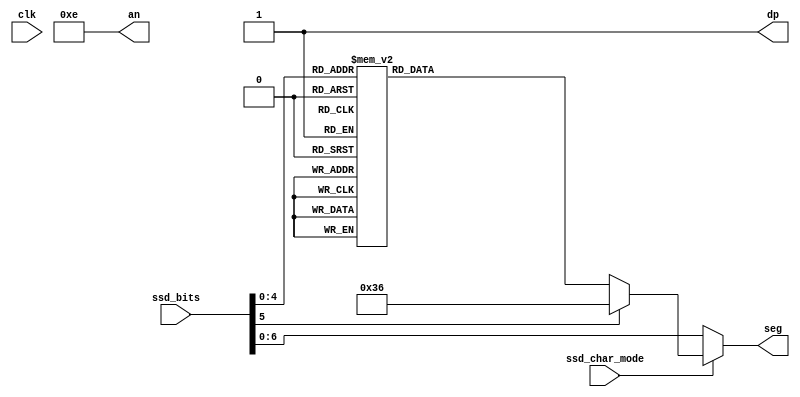
`timescale 1ns / 1ps

module ssd_driver(
    input clk,
    
    output reg [3:0] an,
    output wire [6:0] seg,
    output dp,
    
    input [31:0] ssd_bits,
    input ssd_char_mode
    );

    //NOTE With the seven segment display, 1 indicates off...
    
    assign dp = 1'b1; // Decimal point off
    
    reg [5:0] sel = 4'b0000;
    
    reg [15:0] cnt; //TODO no idea if 65k/50M = 1.31ms is the optimal cycle time (0.33ms per anode)
    wire [1:0] dis;
    //assign dis = cnt[15:14];
    assign dis = 2'b00;
    
    always @(posedge clk) begin
        cnt <= cnt + 1;
    end
    
    reg [6:0] bit_seg;
    reg [6:0] char_seg;
    
    assign seg = ssd_char_mode ? char_seg : bit_seg;
    
    always @(*) begin
        case (dis)
            2'b00: begin
                sel = ssd_bits[5:0];
                an = 4'b1110;
                bit_seg = ssd_bits[6:0];
            end
            2'b01: begin
                sel = ssd_bits[13:8];
                an = 4'b1101;
                bit_seg = ssd_bits[14:8];
            end
            2'b10: begin
                sel = ssd_bits[21:16];
                an = 4'b1011;
                bit_seg = ssd_bits[22:16];
            end
            2'b11: begin
                sel = ssd_bits[29:24];
                an = 4'b0111;
                bit_seg = ssd_bits[30:24];
            end
        endcase
    end
    
    always @(*) begin
        case (sel)
            6'h00: char_seg = 7'b1000000; // 0
            6'h01: char_seg = 7'b1111001; // 1
            6'h02: char_seg = 7'b0100100; // 2
            6'h03: char_seg = 7'b0110000; // 3
            6'h04: char_seg = 7'b0011001; // 4
            6'h05: char_seg = 7'b0010010; // 5
            6'h06: char_seg = 7'b0000010; // 6
            6'h07: char_seg = 7'b1111000; // 7
            6'h08: char_seg = 7'b0000000; // 8
            6'h09: char_seg = 7'b0010000; // 9
            6'h0A: char_seg = 7'b0001000; // A
            6'h0B: char_seg = 7'b0000011; // b
            6'h0C: char_seg = 7'b1000110; // C
            6'h0D: char_seg = 7'b0100001; // d
            6'h0E: char_seg = 7'b0000110; // E
            6'h0F: char_seg = 7'b0001110; // F
            6'h10: char_seg = 7'b1000010; // G
            6'h11: char_seg = 7'b0001011; // h
            6'h12: char_seg = 7'b1101111; // i
            6'h13: char_seg = 7'b1100001; // J
            6'h14: char_seg = 7'b0001101; // K
            6'h15: char_seg = 7'b1000111; // L
            6'h16: char_seg = 7'b1001000; // M
            6'h17: char_seg = 7'b0101011; // n
            6'h18: char_seg = 7'b0100011; // o
            6'h19: char_seg = 7'b0001100; // P
            6'h1A: char_seg = 7'b1000100; // Q
            6'h1B: char_seg = 7'b0101111; // r
            6'h1C: char_seg = 7'b1010010; // S
            6'h1D: char_seg = 7'b0000111; // T
            6'h1E: char_seg = 7'b1100011; // u
            6'h1F: char_seg = 7'b1100111; // v
/*
            6'h20: char_seg = 7'b1000001; // W
            6'h21: char_seg = 7'b1001001; // X
            6'h22: char_seg = 7'b0010001; // Y
            6'h23: char_seg = 7'b1100100; // Z
            6'h24: char_seg = 7'b0111111; // -
            6'h25: char_seg = 7'b1111111; // .
            6'h26: char_seg = 7'b1110111; // _
            6'h27: char_seg = 7'b1111111; // SPACE
*/
            default: char_seg = 7'b0110110; // -
        endcase        
    end

endmodule